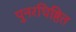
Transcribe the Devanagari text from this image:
पुनरधिष्ठित